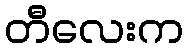
တီလေးက